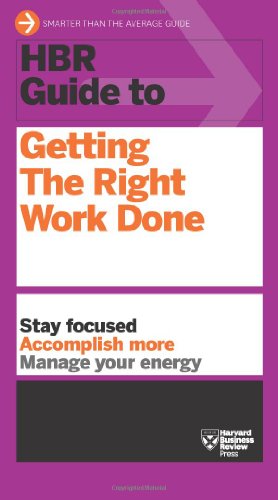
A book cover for HBR Guide to Getting the Right Work Done (HBR Guide Series); Harvard Business Review; Business & Money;